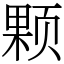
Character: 颗